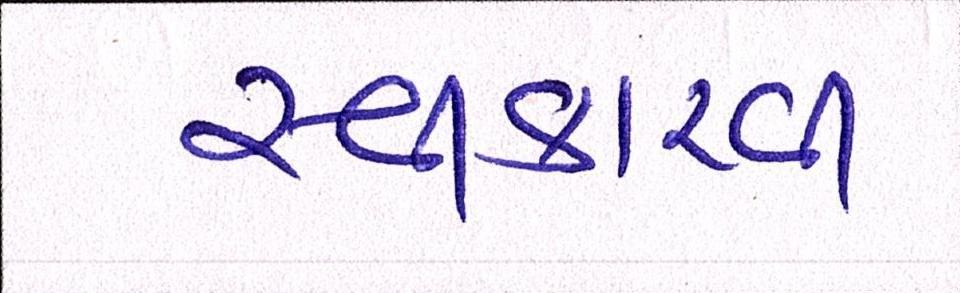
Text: સ્વીકારવી